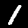
Label: 1